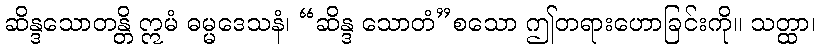
ဆိန္ဒသောတန္တိ ဣမံ ဓမ္မဒေသနံ၊ “ဆိန္ဒ သောတံ”စသော ဤတရားဟောခြင်းကို။ သတ္ထာ၊